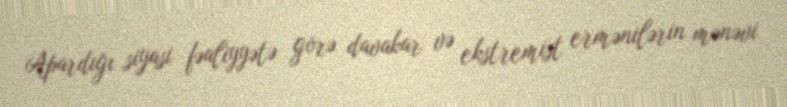
Apardığı siyasi fəaliyyətə görə davakar və ekstremist ermənilərin mənəvi